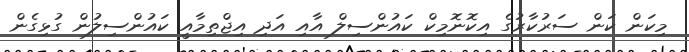
މިކަން ކަން ސަރުކާރުގެ އިކޮނޮމިކް ކައުންސިލް އާއި އަދި އިޖްތިމާއީ ކައުންސިލުން ގުޅިގެން